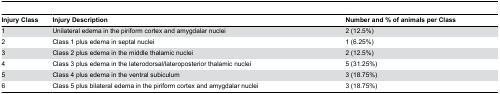
| Injury Class | Injury Description | Number and % of animals per Class |
 | --- | --- | --- |
 | 1 | Unilateral edema in the piriform cortex and amygdalar nuclei | 2 (12.5%) |
 | 2 | Class 1 plus edema in septal nuclei | 1 (6.25%) |
 | 3 | Class 2 plus edema in the middle thalamic nuclei | 2 (12.5%) |
 | 4 | Class 3 plus edema in the laterodorsal/lateroposterior thalamic nuclei | 5 (31.25%) |
 | 5 | Class 4 plus edema in the ventral subiculum | 3 (18.75%) |
 | 6 | Class 5 plus bilateral edema in the piriform cortex and amygdalar nuclei | 3 (18.75%) |